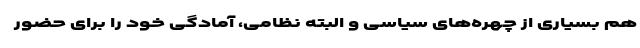
هم بسیاری از چهره‌های سیاسی و البته نظامی، آمادگی خود را برای حضور